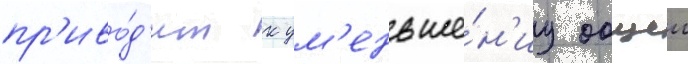
пр'иво́д'ит к ум'еньше́н'иу общеи